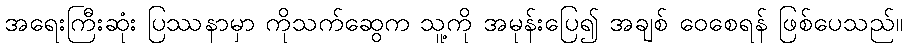
အရေးကြီးဆုံး ပြဿနာမှာ ကိုသက်ဆွေက သူ့ကို အမုန်းပြေ၍ အချစ် ဝေစေရန် ဖြစ်ပေသည်။